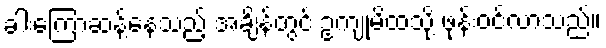
ခါးကြောဆန့်နေသည့် အချိန်တွင် ဥကျုမိထံသို့ ဖုန်းဝင်လာသည်။